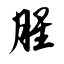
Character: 腥